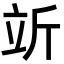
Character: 𬔘